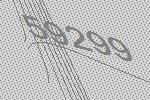
59299